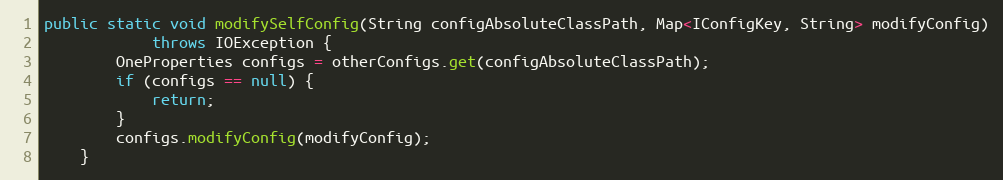
Language: Java
public static void modifySelfConfig(String configAbsoluteClassPath, Map<IConfigKey, String> modifyConfig)
            throws IOException {
        OneProperties configs = otherConfigs.get(configAbsoluteClassPath);
        if (configs == null) {
            return;
        }
        configs.modifyConfig(modifyConfig);
    }